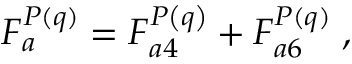
F _ { a } ^ { P ( q ) } = F _ { a 4 } ^ { P \left( q \right) } + F _ { a 6 } ^ { P ( q ) } \; ,